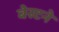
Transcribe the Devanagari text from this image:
बेस्टने